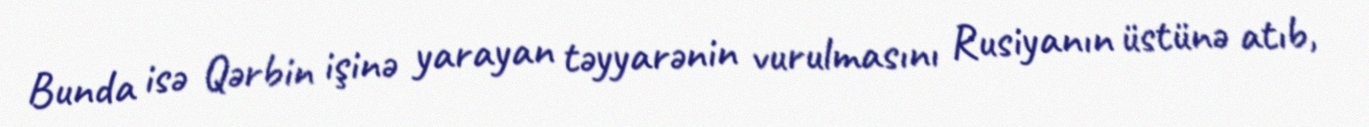
Bunda isə Qərbin işinə yarayan təyyarənin vurulmasını Rusiyanın üstünə atıb,